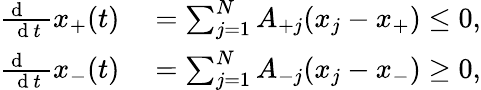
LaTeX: \begin{array}{rl}{\frac{\mathrm{~d~\, ~\, ~}}{\mathrm{~d~}t}x_{+}(t)}&{{}=\sum_{j=1}^{N}A_{+j}(x_{j}-x_{+})\leq 0,}\\ {\frac{\mathrm{~d~\, ~\, ~}}{\mathrm{~d~}t}x_{-}(t)}&{{}=\sum_{j=1}^{N}A_{-j}(x_{j}-x_{-})\geq 0,}\end{array}